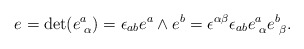
\begin{align*}e = {\rm det}(e^{a}_{\,\,\alpha}) = \epsilon_{ab} e^{a}\wedge e^{b} = \epsilon^{\alpha\beta} \epsilon_{ab} e^{a}_{\,\,\alpha}e^{b}_{\,\,\beta}.\end{align*}